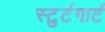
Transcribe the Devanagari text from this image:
स्टुर्टगार्ट